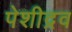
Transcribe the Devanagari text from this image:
पेशीद्रव